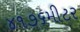
૪૧૭૬મીટર